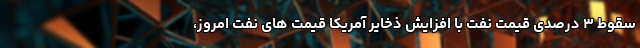
سقوط ۳ درصدی قیمت نفت با افزایش ذخایر آمریکا قیمت های نفت امروز،